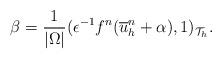
LaTeX: \begin{align*}\beta=\frac{1}{|\Omega|}(\epsilon^{-1}f^n(\overline u_h^{n}+\alpha),1)_{\mathcal T_h}.\end{align*}